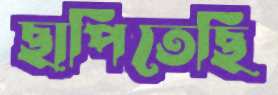
ছাপিতেছি